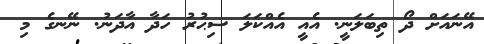
އޭނައަށް ދޯ ތިބަލަނީ. އެއީ އެއްކަލަ ސިޙުރު ހަދާ އާދަނު. ނޭނގެ މި